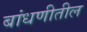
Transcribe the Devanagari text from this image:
बांधणीतील